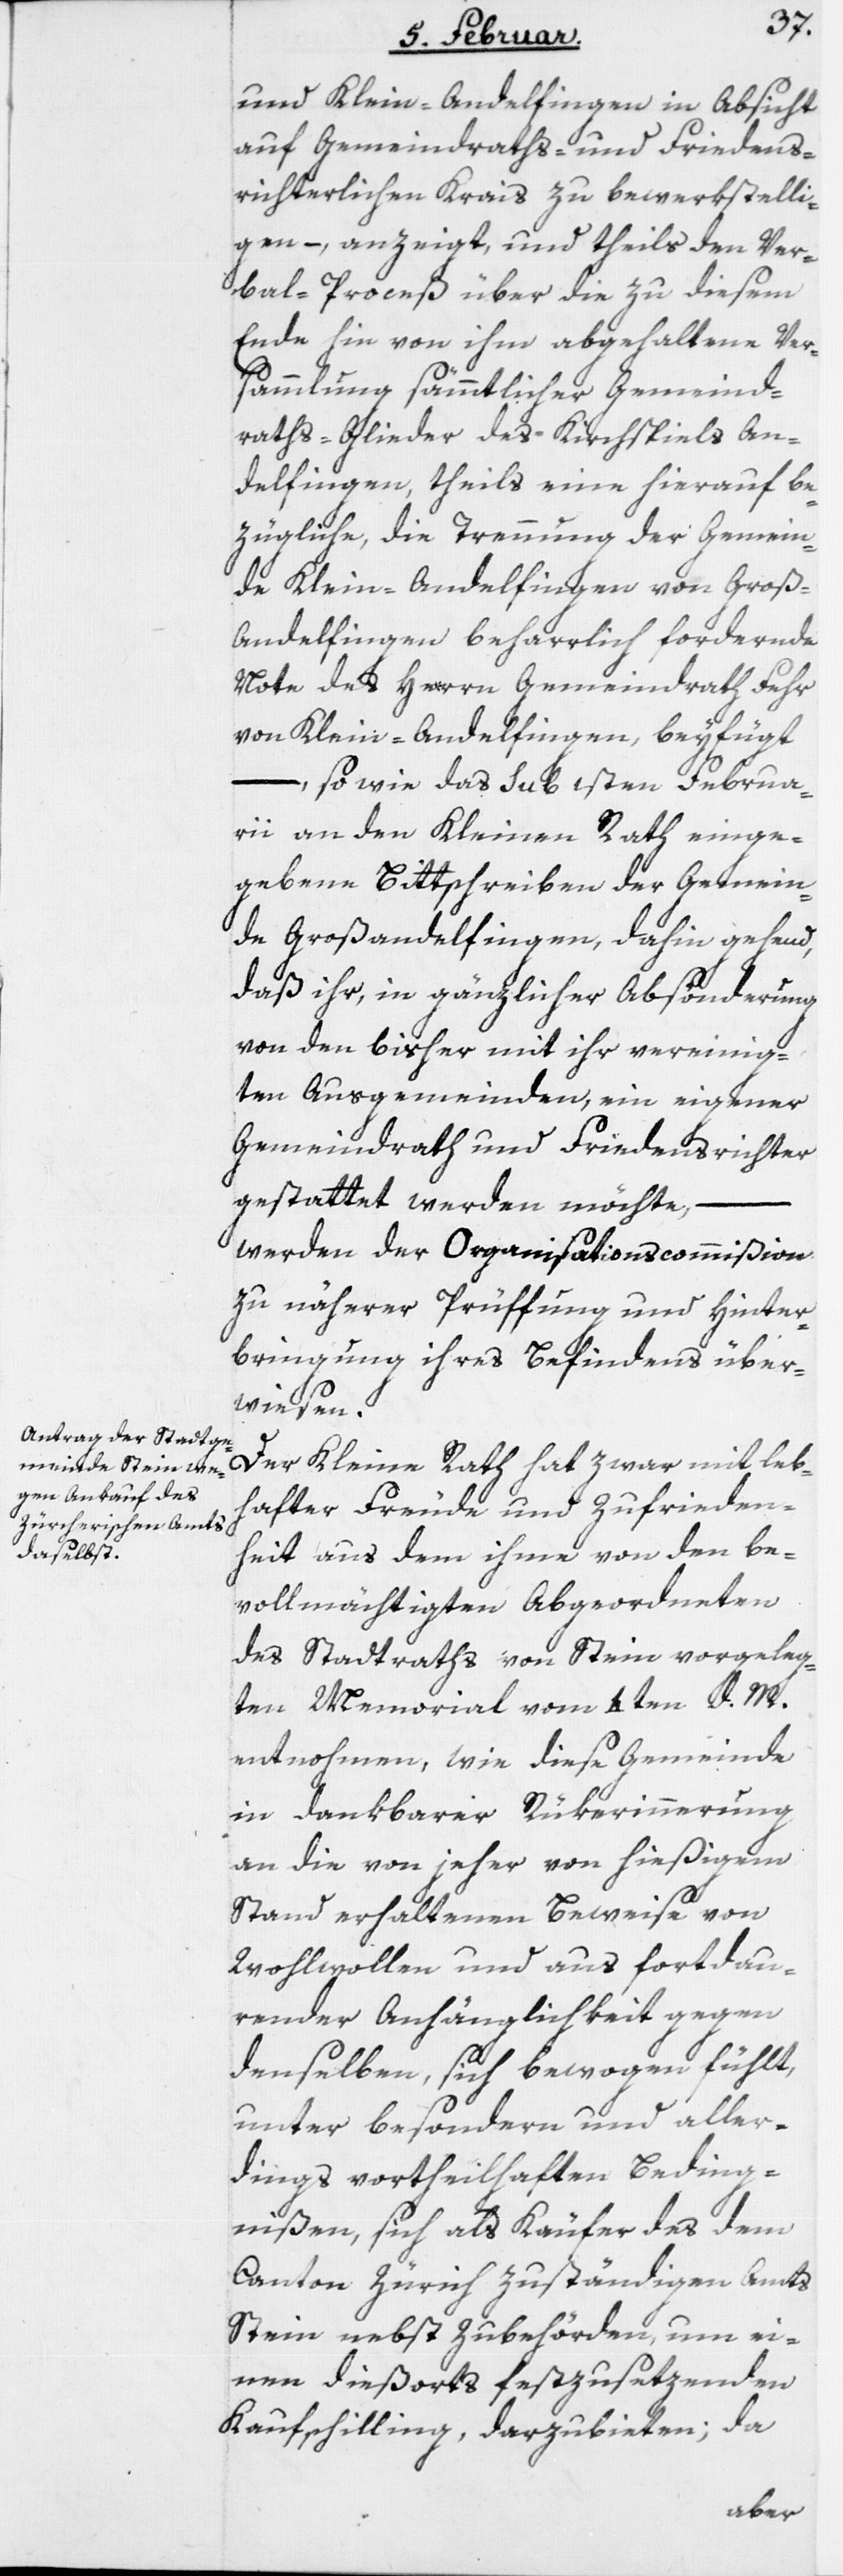
und Klein-Andelfingen in Absicht
auf Gemeindraths- und Friedens¬
richterlichen Krais zu bewerkstelli¬
gen –, anzeigt, und theils den Ver¬
bal-Proceß über die zu diesem
Ende hin von ihm abgehaltene Ver¬
sammlung sämmtlicher Gemeind¬
raths-Glieder des Kirchspiels An¬
delfingen, theils eine hierauf be¬
zügliche, die Trennung der Gemein¬
de Klein-Andelfingen von Groß-A¬
ndelfingen beharrlich fordernde
Note des Herrn Gemeindrath Fehr
von Klein-Andelfingen, beyfügt
–, so wie das sub 1sten Februa¬
rii an den Kleinen Rath einge¬
gebene Bittschreiben der Gemein¬
de Großandelfingen, dahin gehend,
daß ihr, in gänzlicher Absönderung
von den bisher mit ihr vereinig¬
ten Ausgemeinden, ein eigener
Gemeindrath und Friedensrichter
gestattet werden möchte,
werden der Organisationscommißion
zu näherer Prüffung und Hinter¬
bringung ihres Befindens über¬
wiesen.
Der Kleine Rath hat zwar mit leb¬
hafter Freude und Zufrieden¬
heit aus dem ihme von den be¬
vollmächtigten Abgeordneten
des Stadtraths von Stein vorgeleg¬
ten Memorial vom 4ten d. M.
entnohmen, wie diese Gemeinde
in dankbarer Rükerinnerung
an die von jeher von hießigem
Stand erhaltenen Beweise von
Wohlwollen und aus fortdau¬
render Anhänglichkeit gegen
denselben, sich bewogen fühlt,
unter besondern und aller¬
dings vortheilhaften Beding¬
nißen, sich als Käufer des dem
Canton Zürich zuständigen Amts
Stein nebst Zubehörden, um ei¬
nen dießorts festzusetzenden
Kaufschilling, darzubieten; da